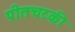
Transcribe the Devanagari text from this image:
पीतचटकी